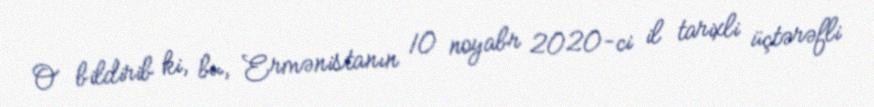
O bildirib ki, bu, Ermənistanın 10 noyabr 2020-ci il tarixli üçtərəfli